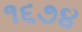
૧૬૭૪